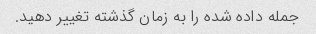
جمله داده شده را به زمان گذشته تغییر دهید.